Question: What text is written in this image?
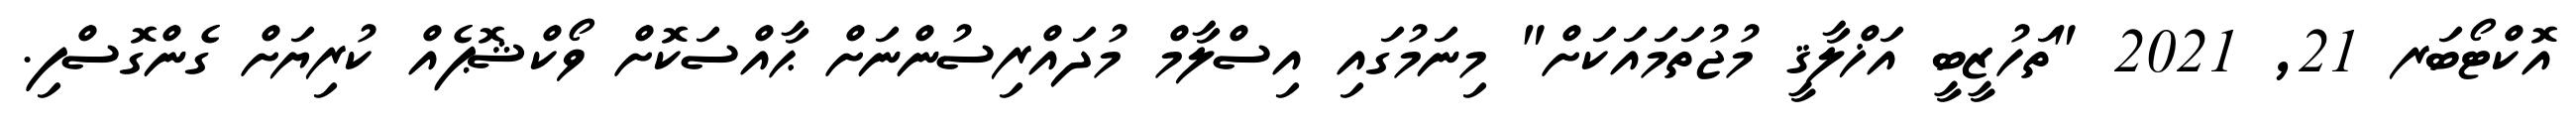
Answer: އޮކްޓޯބަރ 21, 2021 "ތަހުޒީބީ އަޚްލާޤީ މުޖުތަމައަކަށް" މިނަމުގައި އިސްލާމް މުދައްރިސުންނަށް ޙާއްސަކޮށް ވޯކްޝޮޕެއް ކުރިޔަށް ގެންގޮސްފި.